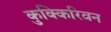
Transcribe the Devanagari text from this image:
कुक्किरिवन